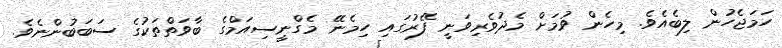
ހަމަޖެހުން ލިބެއެވެ. މިހެން ވުމަށް މެދުވެރިވަނީ ފޭރުގައި ހިމެނޭ މެގްނީސިއަމްގެ ބާވަތްތަކުގެ ސަބަބުންނެވެ.